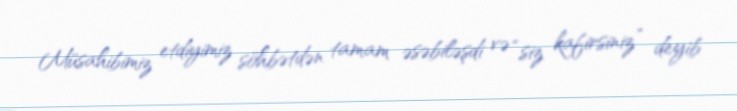
Müsahibimiz etdiyimiz söhbətdən tamam əsəbiləşdi və “siz kafirsiniz” deyib